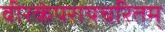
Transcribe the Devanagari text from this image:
वीरकंपरायचरितम्